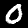
Label: 0